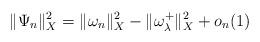
LaTeX: \begin{align*}\|\Psi_n\|_X^2=\|\omega_n\|_X^2-\|\omega_\lambda^+\|_X^2+o_n(1) \end{align*}